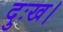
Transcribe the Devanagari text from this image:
दुःख।